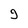
Character: g